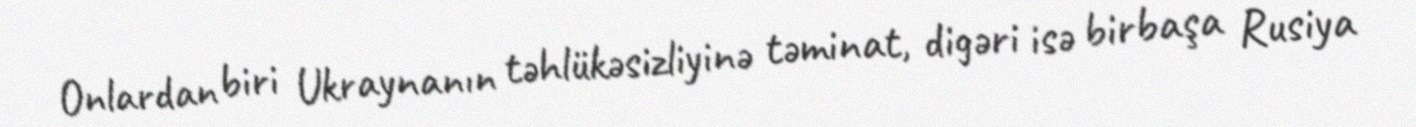
Onlardan biri Ukraynanın təhlükəsizliyinə təminat, digəri isə birbaşa Rusiya